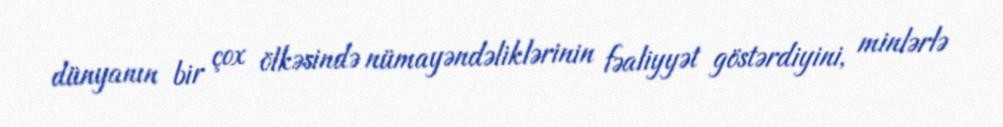
dünyanın bir çox ölkəsində nümayəndəliklərinin fəaliyyət göstərdiyini, minlərlə